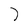
Character: 7